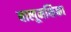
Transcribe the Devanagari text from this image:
बालूमक्षिका